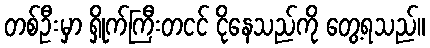
တစ်ဦးမှာ ရှိုက်ကြီးတငင် ငိုနေသည်ကို တွေ့ရသည်။